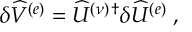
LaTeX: \delta \widehat { V } ^ { ( e ) } = \widehat { U } ^ { ( \nu ) \, \dagger } \delta \widehat { U } ^ { ( e ) } \; ,